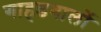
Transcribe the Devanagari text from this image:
गाहडवालों